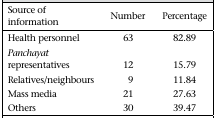
<table><thead><tr><td><b>Source of information</b></td><td><b>Number</b></td><td><b>Percentage</b></td></tr></thead><tbody><tr><td>Health personnel</td><td>63</td><td>82.89</td></tr><tr><td><i>Panchayat</i> representatives</td><td>12</td><td>15.79</td></tr><tr><td>Relatives/neighbours</td><td>9</td><td>11.84</td></tr><tr><td>Mass media</td><td>21</td><td>27.63</td></tr><tr><td>Others</td><td>30</td><td>39.47</td></tr></tbody></table>